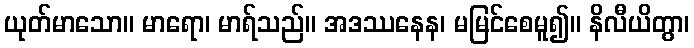
ယုတ်မာသော။ မာရော၊ မာရ်သည်။ အဒဿနေန၊ မမြင်စေမူ၍။ နိလီယိတွာ၊